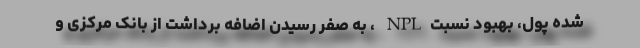
شده پول، بهبود نسبتNPL ، به صفر رسیدن اضافه برداشت از بانک مرکزی و